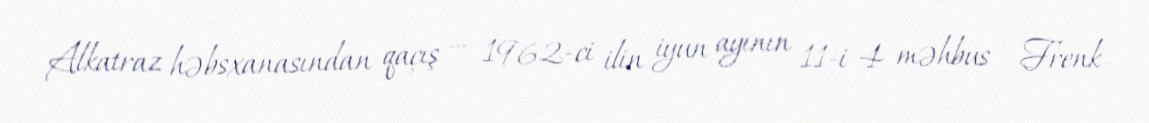
Alkatraz həbsxanasından qaçış — 1962-ci ilin iyun ayının 11-i 4 məhbus - Frenk